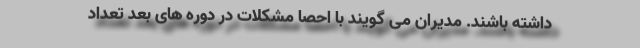
داشته باشند. مدیران می گویند با احصا مشکلات در دوره های بعد تعداد